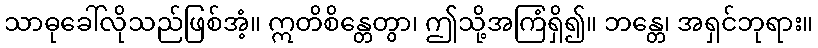
သာဓုခေါ်လိုသည်ဖြစ်အံ့။ ဣတိစိန္တေတွာ၊ ဤသို့အကြံရှိ၍။ ဘန္တေ၊ အရှင်ဘုရား။